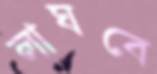
লাঘবে